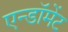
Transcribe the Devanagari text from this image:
एन्‍डॉमेंट